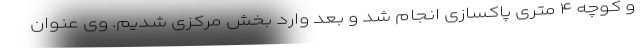
و کوچه ۴ متری پاکسازی انجام شد و بعد وارد بخش مرکزی شدیم. وی عنوان